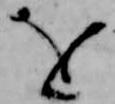
を